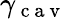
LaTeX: \gamma_{\mathrm{~c~a~v~}}